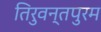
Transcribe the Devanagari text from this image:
तिरुवन्तपुरम